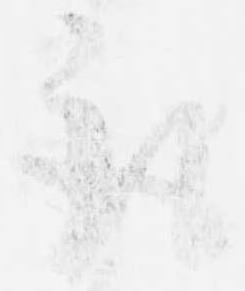
取